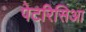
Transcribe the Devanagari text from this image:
पेटरिसिआ